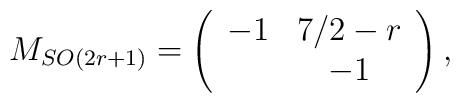
M_{SO(2r+1)}=\left(\begin{array}{cc}                   -1 & 7/2-r \\                      & -1             \end{array}\right),